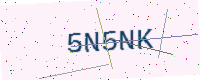
Text: 5N5NK